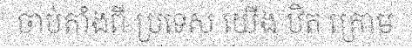
ចាប់តាំងពី ប្រទេស យើង ឋិត ក្រោម